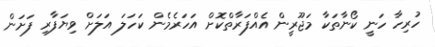
ހުރިހާ ހަނީ ކޯނާތަކާ މަޖޫރީން އެއްފަރާތްކޮށް އަހަރެމެން ކަހަލަ އަލަށް ވިޔަފާރި ފަށަން